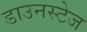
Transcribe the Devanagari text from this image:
डाउनस्टेज